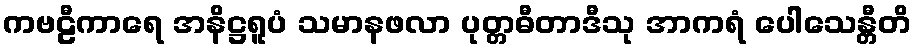
ကဗဠီကာရေ အနိဋ္ဌရူပံ သမာနဖလာ ပုတ္တဓီတာဒီသု အာကရံ ပေါသေန္တီတိ